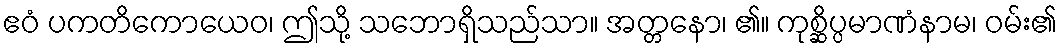
ဧဝံ ပကတိကောယေဝ၊ ဤသို့ သဘောရှိသည်သာ။ အတ္တနော၊ ၏။ ကုစ္ဆိပ္ပမာဏံနာမ၊ ဝမ်း၏